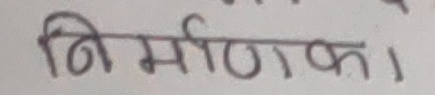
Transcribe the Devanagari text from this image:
निर्माणका।